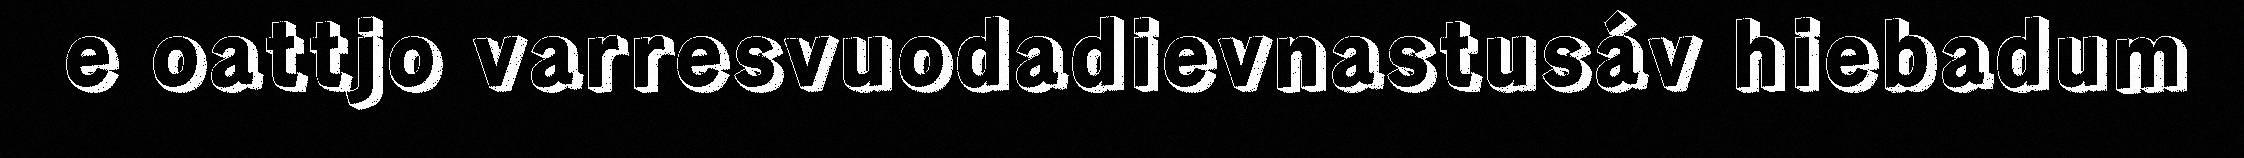
e oattjo varresvuodadievnastusáv hiebadum